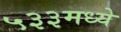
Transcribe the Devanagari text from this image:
५३३मध्ये